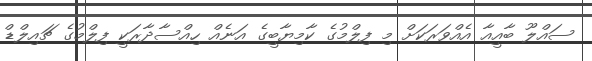
ސައްލޫ ބާއީއާ އެއްވަރަކަށް މި ފިލްމުގެ ކާމިޔާބީގެ އަނެއް ހިއްސާދާރަކީ ފިލްމުގެ ޗައިލްޑް